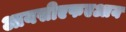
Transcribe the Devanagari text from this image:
आयसीएफएआय